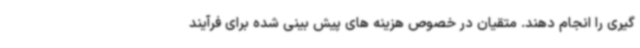
گیری را انجام دهند. متقیان در خصوص هزینه های پیش بینی شده برای فرآیند